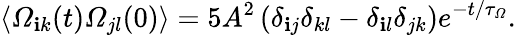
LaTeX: \langle\varOmega_{\mathbf{i}k}(t)\varOmega_{jl}(0)\rangle=5A^{2}\left(\delta_{\mathbf{i}j}\delta_{kl}-\delta_{\mathbf{i}l}\delta_{jk}\right)e^{-t/\tau_{\varOmega}}.